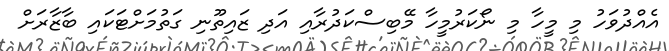
އެއްދުވަހު މި މީހާ މި ނޯކަރުމީހާ މޭބިސްކަދުރާއި އަދި ޒައިތޫނި ގަތުމަށްޓަކައި ބާޒާރަށް